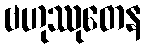
ဗဟုဿုတေန